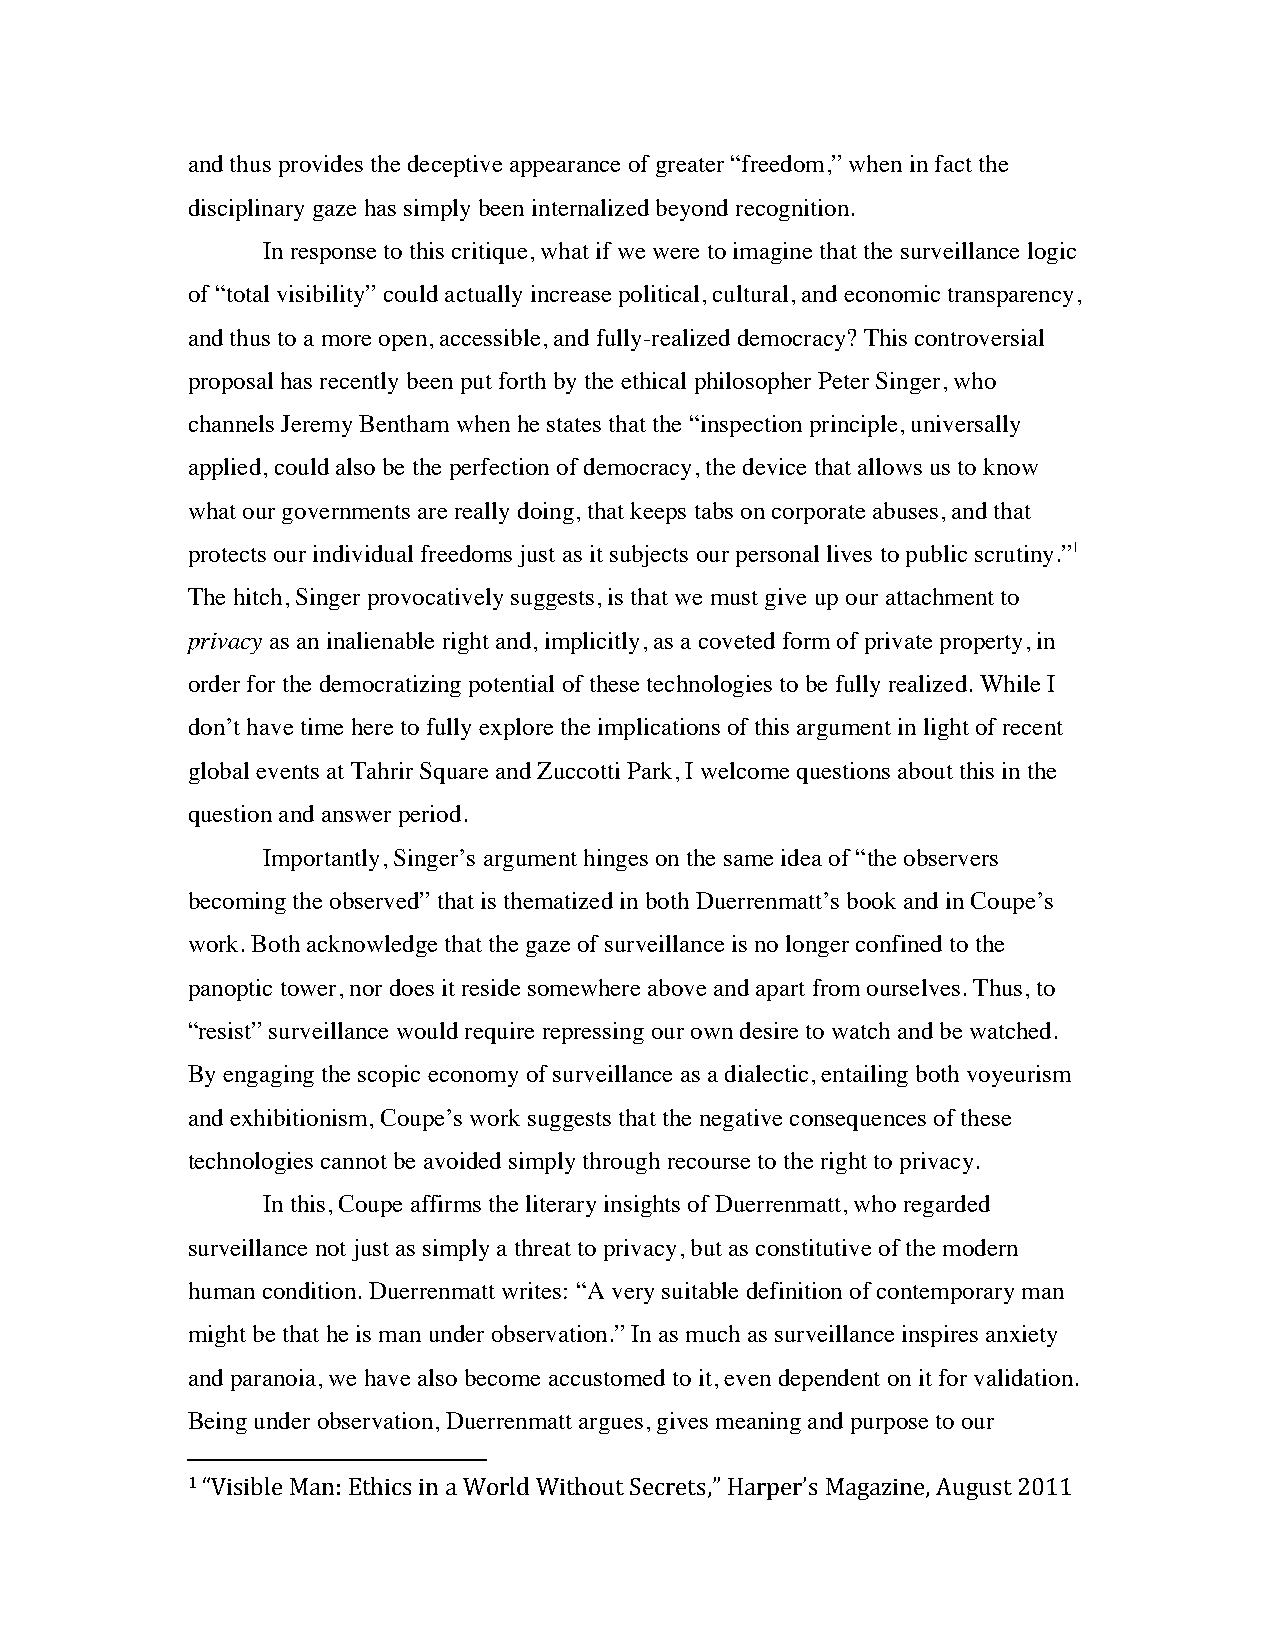
and thus provides the deceptive appearance of greater “freedom,” when in fact the
 disciplinary gaze has simply been internalized beyond recognition.
 In response to this critique, what if we were to imagine that the surveillance logic
 of “total visibility” could actually increase political, cultural, and economic transparency,
 and thus to a more open, accessible, and fully-realized democracy? This controversial
 proposal has recently been put forth by the ethical philosopher Peter Singer, who
 channels Jeremy Bentham when he states that the “inspection principle, universally
 applied, could also be the perfection of democracy, the device that allows us to know
 what our governments are really doing, that keeps tabs on corporate abuses, and that
 protects our individual freedoms just as it subjects our personal lives to public scrutiny.”1
 The hitch, Singer provocatively suggests, is that we must give up our attachment to
 privacy as an inalienable right and, implicitly, as a coveted form of private property, in
 order for the democratizing potential of these technologies to be fully realized. While I
 don’t have time here to fully explore the implications of this argument in light of recent
 global events at Tahrir Square and Zuccotti Park, I welcome questions about this in the
 question and answer period.
 Importantly, Singer’s argument hinges on the same idea of “the observers
 becoming the observed” that is thematized in both Duerrenmatt’s book and in Coupe’s
 work. Both acknowledge that the gaze of surveillance is no longer confined to the
 panoptic tower, nor does it reside somewhere above and apart from ourselves. Thus, to
 “resist” surveillance would require repressing our own desire to watch and be watched.
 By engaging the scopic economy of surveillance as a dialectic, entailing both voyeurism
 and exhibitionism, Coupe’s work suggests that the negative consequences of these
 technologies cannot be avoided simply through recourse to the right to privacy.
 In this, Coupe affirms the literary insights of Duerrenmatt, who regarded
 surveillance not just as simply a threat to privacy, but as constitutive of the modern
 human condition. Duerrenmatt writes: “A very suitable definition of contemporary man
 might be that he is man under observation.” In as much as surveillance inspires anxiety
 and paranoia, we have also become accustomed to it, even dependent on it for validation.
 Being under observation, Duerrenmatt argues, gives meaning and purpose to our
 1 “Visible Man: Ethics in a World Without Secrets,” Harper’s Magazine, August 2011